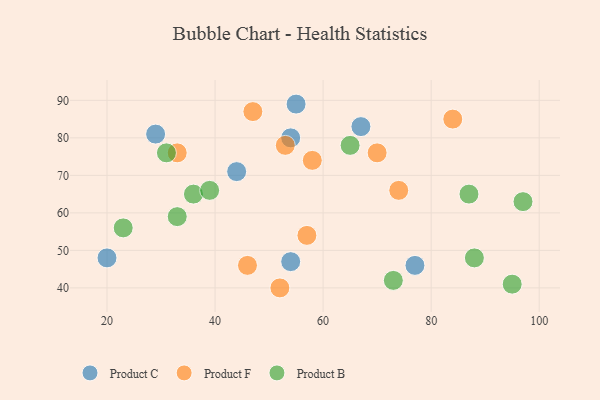
{"axis": {"x": "GDP", "y": "Life Expectancy"}, "legend": ["Product B", "Product C", "Product F"], "data": [{"x": "54", "y": 80, "type": "Product C"}, {"x": "44", "y": 71, "type": "Product C"}, {"x": "77", "y": 46, "type": "Product C"}, {"x": "55", "y": 89, "type": "Product C"}, {"x": "20", "y": 48, "type": "Product C"}, {"x": "67", "y": 83, "type": "Product C"}, {"x": "29", "y": 81, "type": "Product C"}, {"x": "54", "y": 47, "type": "Product C"}, {"x": "47", "y": 87, "type": "Product F"}, {"x": "58", "y": 74, "type": "Product F"}, {"x": "46", "y": 46, "type": "Product F"}, {"x": "33", "y": 76, "type": "Product F"}, {"x": "74", "y": 66, "type": "Product F"}, {"x": "84", "y": 85, "type": "Product F"}, {"x": "52", "y": 40, "type": "Product F"}, {"x": "57", "y": 54, "type": "Product F"}, {"x": "70", "y": 76, "type": "Product F"}, {"x": "53", "y": 78, "type": "Product F"}, {"x": "95", "y": 41, "type": "Product B"}, {"x": "88", "y": 48, "type": "Product B"}, {"x": "73", "y": 42, "type": "Product B"}, {"x": "36", "y": 65, "type": "Product B"}, {"x": "65", "y": 78, "type": "Product B"}, {"x": "23", "y": 56, "type": "Product B"}, {"x": "39", "y": 66, "type": "Product B"}, {"x": "97", "y": 63, "type": "Product B"}, {"x": "33", "y": 59, "type": "Product B"}, {"x": "87", "y": 65, "type": "Product B"}, {"x": "31", "y": 76, "type": "Product B"}]}